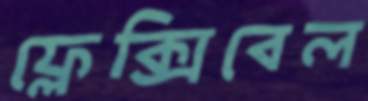
ফ্লেক্সিবেল